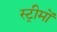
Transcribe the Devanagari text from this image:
स्ट्रीमों